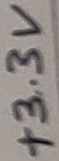
Text: +3.3V